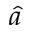
\hat { a }